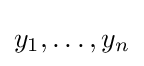
y_{1},\ldots ,y_{n}